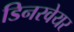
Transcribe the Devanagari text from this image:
डिनरवेयर